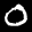
Label: 0